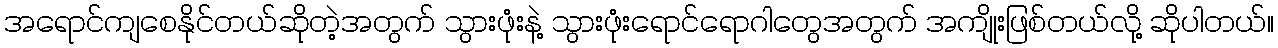
အရောင်ကျစေနိုင်တယ်ဆိုတဲ့အတွက် သွားဖုံးနဲ့ သွားဖုံးရောင်ရောဂါတွေအတွက် အကျိုးဖြစ်တယ်လို့ ဆိုပါတယ်။